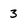
Character: 3